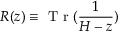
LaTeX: R ( z ) \equiv \textrm { T r } ( \frac { 1 } { H - z } )